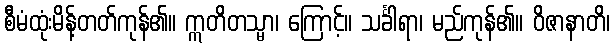
စီမံထုံးမိန့်တတ်ကုန်၏။ ဣတိတသ္မာ၊ ကြောင့်။ သင်္ခါရာ၊ မည်ကုန်၏။ ဝိဇာနာတိ၊